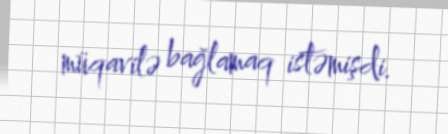
müqavilə bağlamaq istəmişdi.